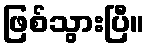
ဖြစ်သွားပြီ။